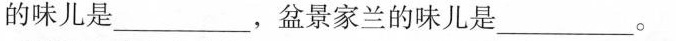
的味儿是___，盆景家兰的味儿是___。